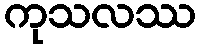
ကုသလဿ